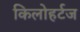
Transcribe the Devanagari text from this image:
किलोहर्टज